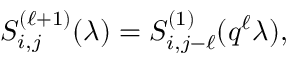
S _ { i , j } ^ { ( \ell + 1 ) } ( \lambda ) = S _ { i , j - \ell } ^ { ( 1 ) } ( q ^ { \ell } \lambda ) ,